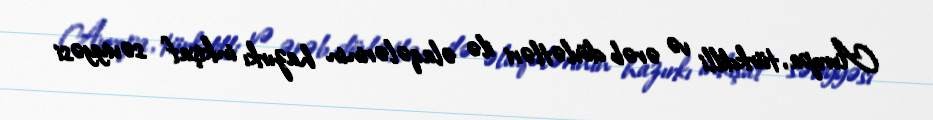
Avropa, türkdilli və ərəb dövlətləri ilə əlaqələrinin hazırkı inkişaf səviyyəsi